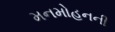
મનમોહનની